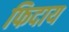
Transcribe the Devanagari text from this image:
फिदाय